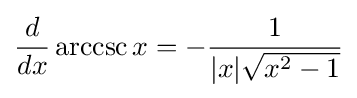
{\frac {d}{dx}}\operatorname {arccsc} x=-{\frac {1}{|x|{\sqrt {x^{2}-1}}}}